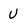
Character: U